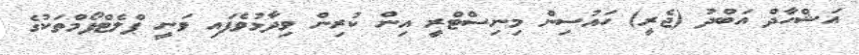
އަޝްހާދް އަބްދު (ޖެރީ) ހައުސިން މިނިސްޓްރީ އިން ކުރިން ވިދާޅުވެފައި ވަނީ ޕްލެޓްފޯމްތަކުގެ